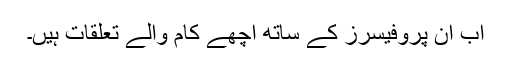
اب ان پروفیسرز کے ساتھ اچھے کام والے تعلقات ہیں۔